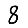
Digit: 8